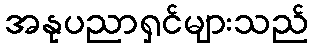
အနုပညာရှင်များသည်